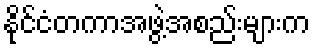
နိုင်ငံတကာအဖွဲ့အစည်းများက